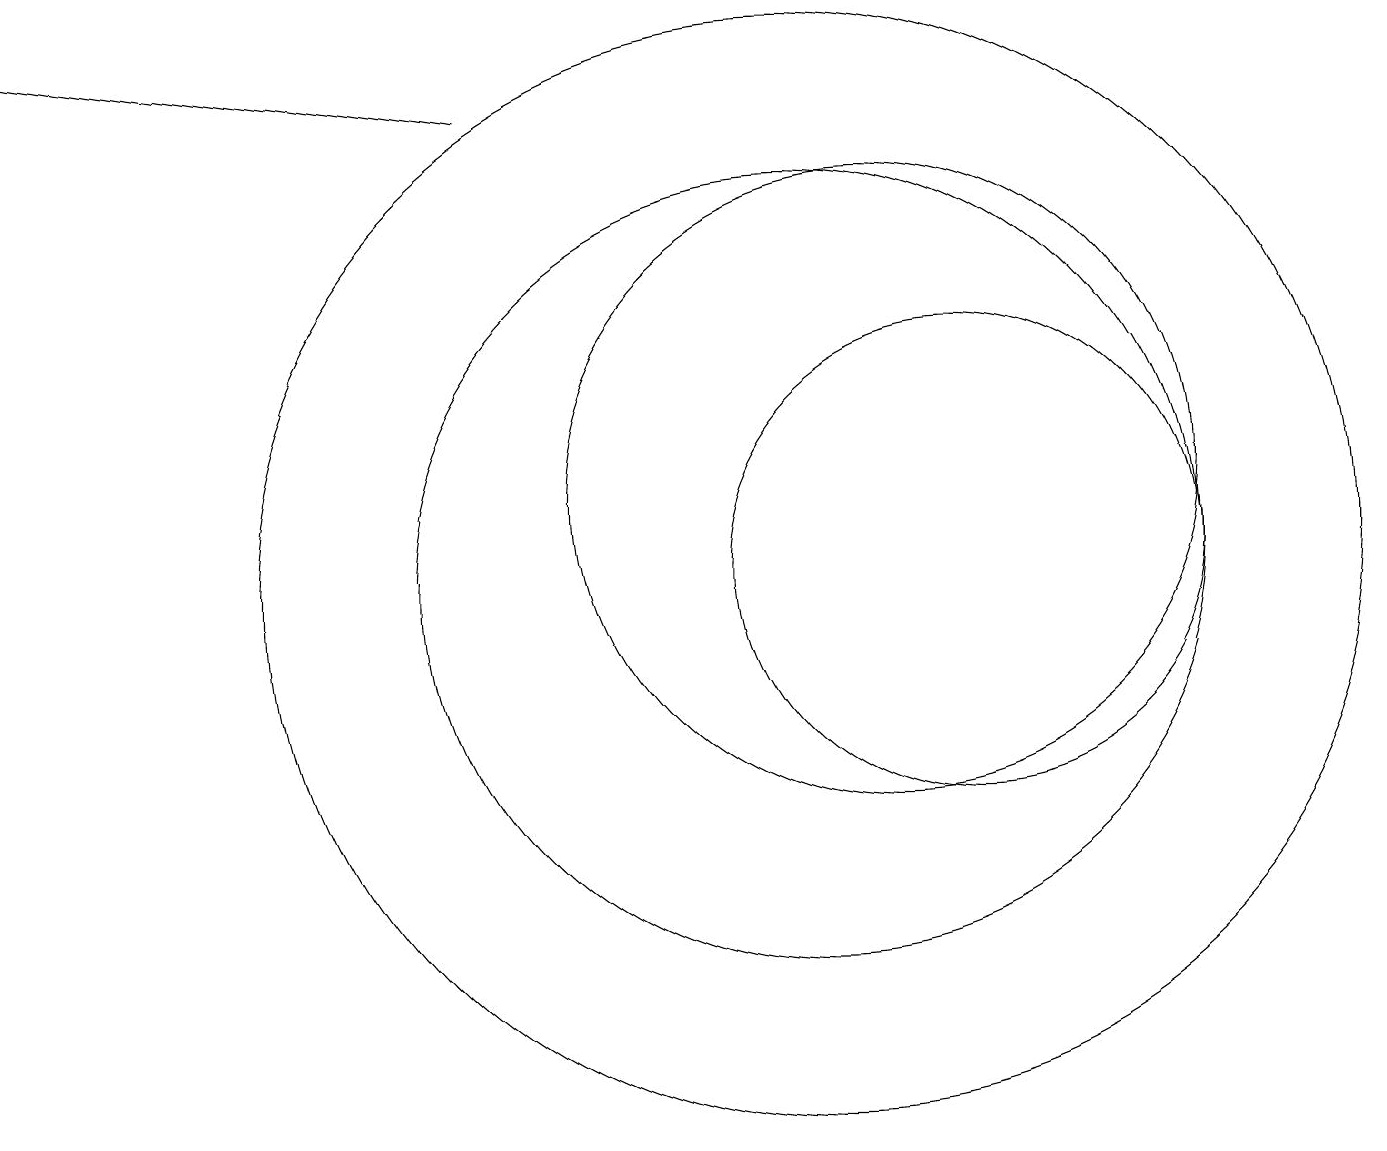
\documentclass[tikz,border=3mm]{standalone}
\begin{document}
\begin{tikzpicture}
\draw (10,10) circle (5);
\draw (1,11) rectangle (1,11);
\draw[->] (6,16) -- (0,17);
\draw (11,11) circle (4);
\draw (12,10) circle (3);
\draw (10,10) circle (7);
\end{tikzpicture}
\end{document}